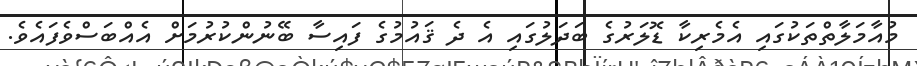
މުއާމަލާތްތަކުގައި އެމެރިކާ ޑޮލަރުގެ ބަދަލުގައި އެ ދެ ޤައުމުގެ ފައިސާ ބޭނުންކުރުމަށް އެއްބަސްވެފައެވެ.